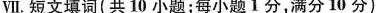
Ⅶ.短文填词(共10 小题;每小题1分,满分 10)